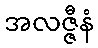
အလဇ္ဇီနံ